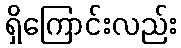
ရှိကြောင်းလည်း